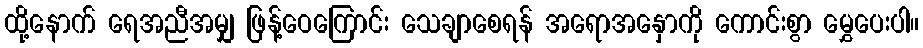
ထို့နောက် ရေအညီအမျှ ဖြန့်ဝေကြောင်း သေချာစေရန် အရောအနှောကို ကောင်းစွာ မွှေပေးပါ။